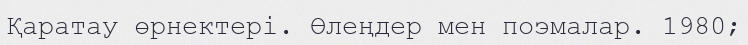
Қаратау өрнектері. Өлеңдер мен поэмалар. 1980;